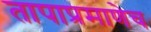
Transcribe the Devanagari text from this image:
तापाप्रमाणेच